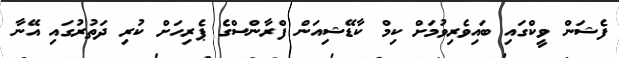
ފެޝަން ވީކްގައި ބައިވެރިވުމަށް ކިމް ކާޑޭޝިއަން ފްރާންސްގެ ޕެރިހަށް ކުރި ދަތުރުގައި އޭނާ